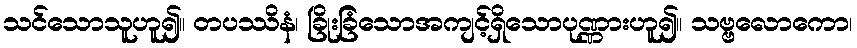
သင်သောသူဟူ၍။ တပဿိနံ၊ ခြိုးခြံသောအကျင့်ရှိသောပုဏ္ဏားဟူ၍။ သဗ္ဗလောကော၊